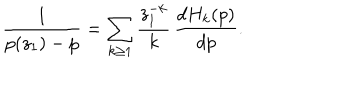
\frac { 1 } { p ( z _ { 1 } ) - p } = \sum _ { k \geq 1 } \frac { z _ { 1 } ^ { - k } } { k } \, \frac { d H _ { k } ( p ) } { d p } .